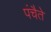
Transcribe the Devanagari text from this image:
पंचैते